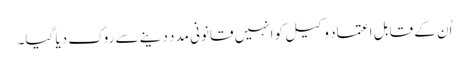
اُن کے قابل اعتماد وکیل کو انہیں قانونی مدد دینے سے روک دیا گیا۔